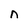
Character: n